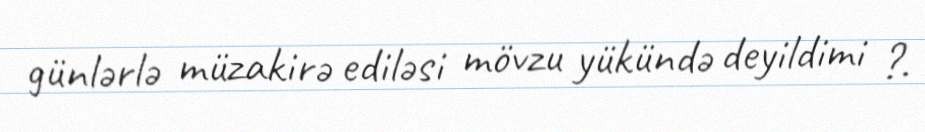
günlərlə müzakirə ediləsi mövzu yükündə deyildimi ?.